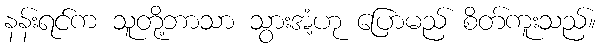
နန်းရင်က သူတို့ဘာသာ သွားအံ့ဟု ပြောမည် စိတ်ကူးသည်။